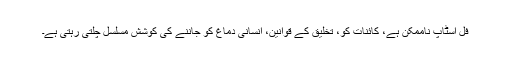
فل اسٹاپ ناممکن ہے، کائنات کو، تخلیق کے قوانین، انسانی دماغ کو جاننے کی کوشش مسلسل چلتی رہتی ہے۔